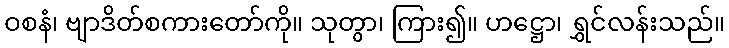
ဝစနံ၊ ဗျာဒိတ်စကားတော်ကို။ သုတွာ၊ ကြား၍။ ဟဋ္ဌော၊ ရွှင်လန်းသည်။